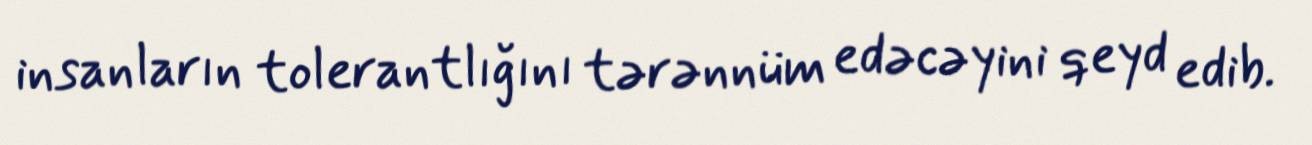
insanların tolerantlığını tərənnüm edəcəyini qeyd edib.